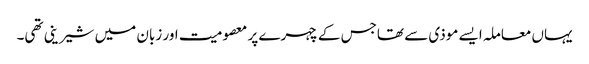
یہاں معاملہ ایسے موذی سے تھاجس کے چہرے پر معصومیت اور زبان میں شیرینی تھی۔